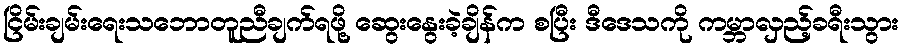
ငြိမ်းချမ်းရေးသဘောတူညီချက်ရဖို့ ဆွေးနွေးခဲ့ချိန်က စပြီး ဒီဒေသကို ကမ္ဘာလှည့်ခရီးသွား